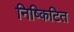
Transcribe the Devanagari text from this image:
निष्किटित